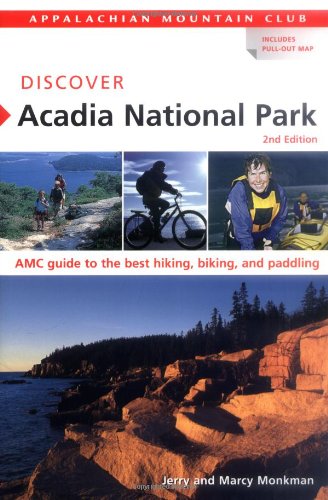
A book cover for Discover Acadia National Park, 2nd: AMC Guide to the Best Hiking, Biking, and Paddling (AMC Discover Series); Jerry Monkman; Travel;